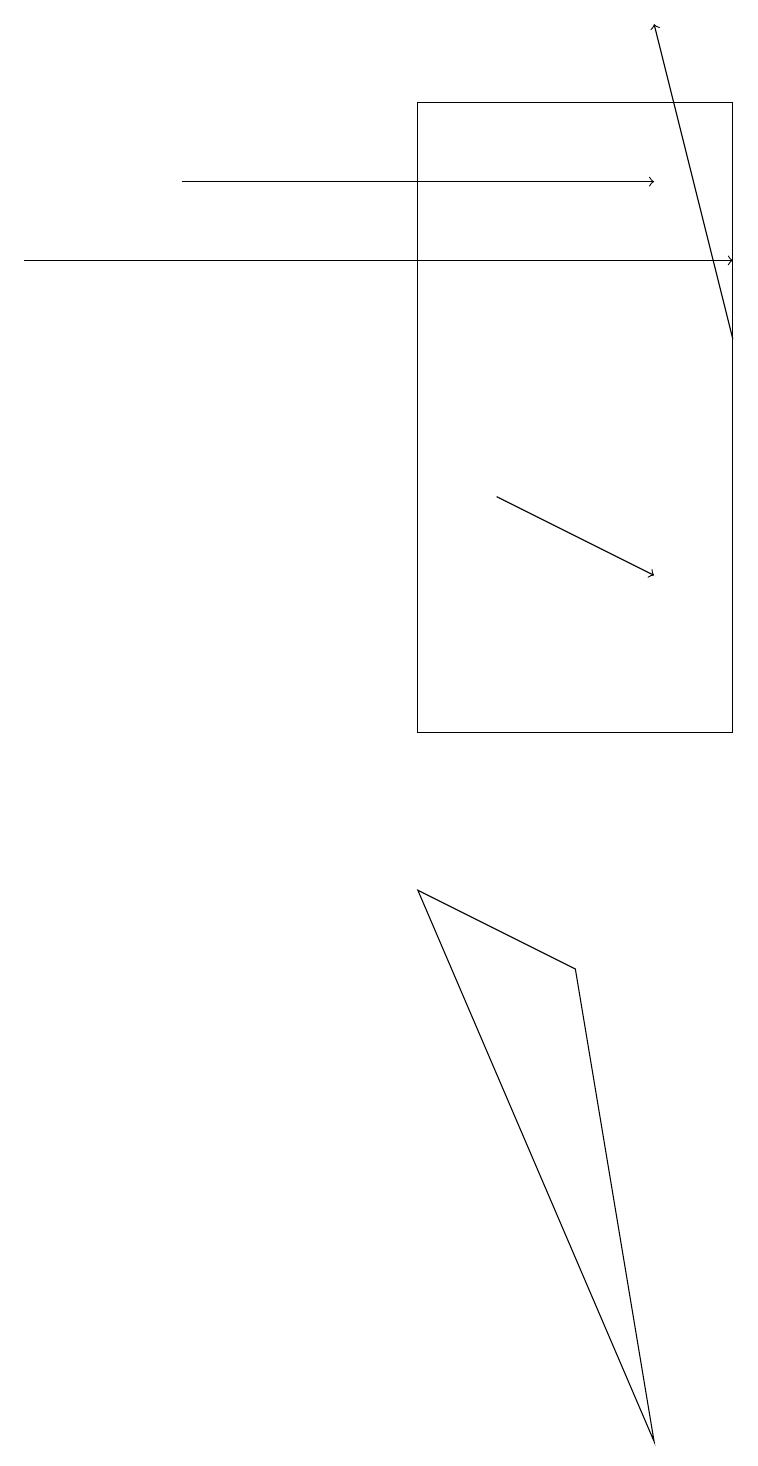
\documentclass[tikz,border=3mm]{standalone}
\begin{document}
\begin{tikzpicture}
\draw (8,1) -- (7,7) -- (5,8) -- cycle;
\draw[->] (6,13) -- (8,12);
\draw (5,10) rectangle (9,18);
\draw[->] (2,17) -- (8,17);
\draw[->] (0,16) -- (9,16);
\draw[->] (9,15) -- (8,19);
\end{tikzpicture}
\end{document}